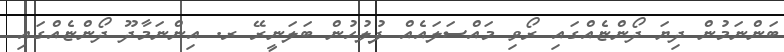
ބަންނަމުން ދިޔަ ދޯންޏެއްގައި ރޯވި މައްސަލައެއް ފުލުހުން ބަލަނީރޭ ރ. އިންނަމާދޫ ދޯންޏެއްގައި